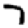
Digit: 7